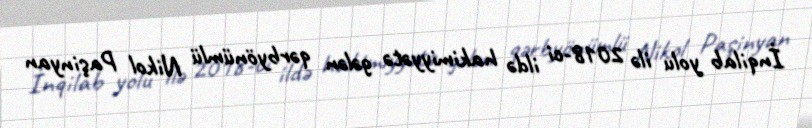
İnqilab yolu ilə 2018-ci ildə hakimiyyətə gələn qərbyönümlü Nikol Paşinyan